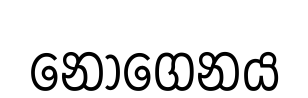
නොගෙනය